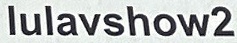
lulavshow2